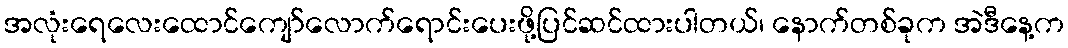
အလုံးရေလေးထောင်ကျော်လောက်ရောင်းပေးဖို့ပြင်ဆင်ထားပါတယ်၊ နောက်တစ်ခုက အဲဒီနေ့က